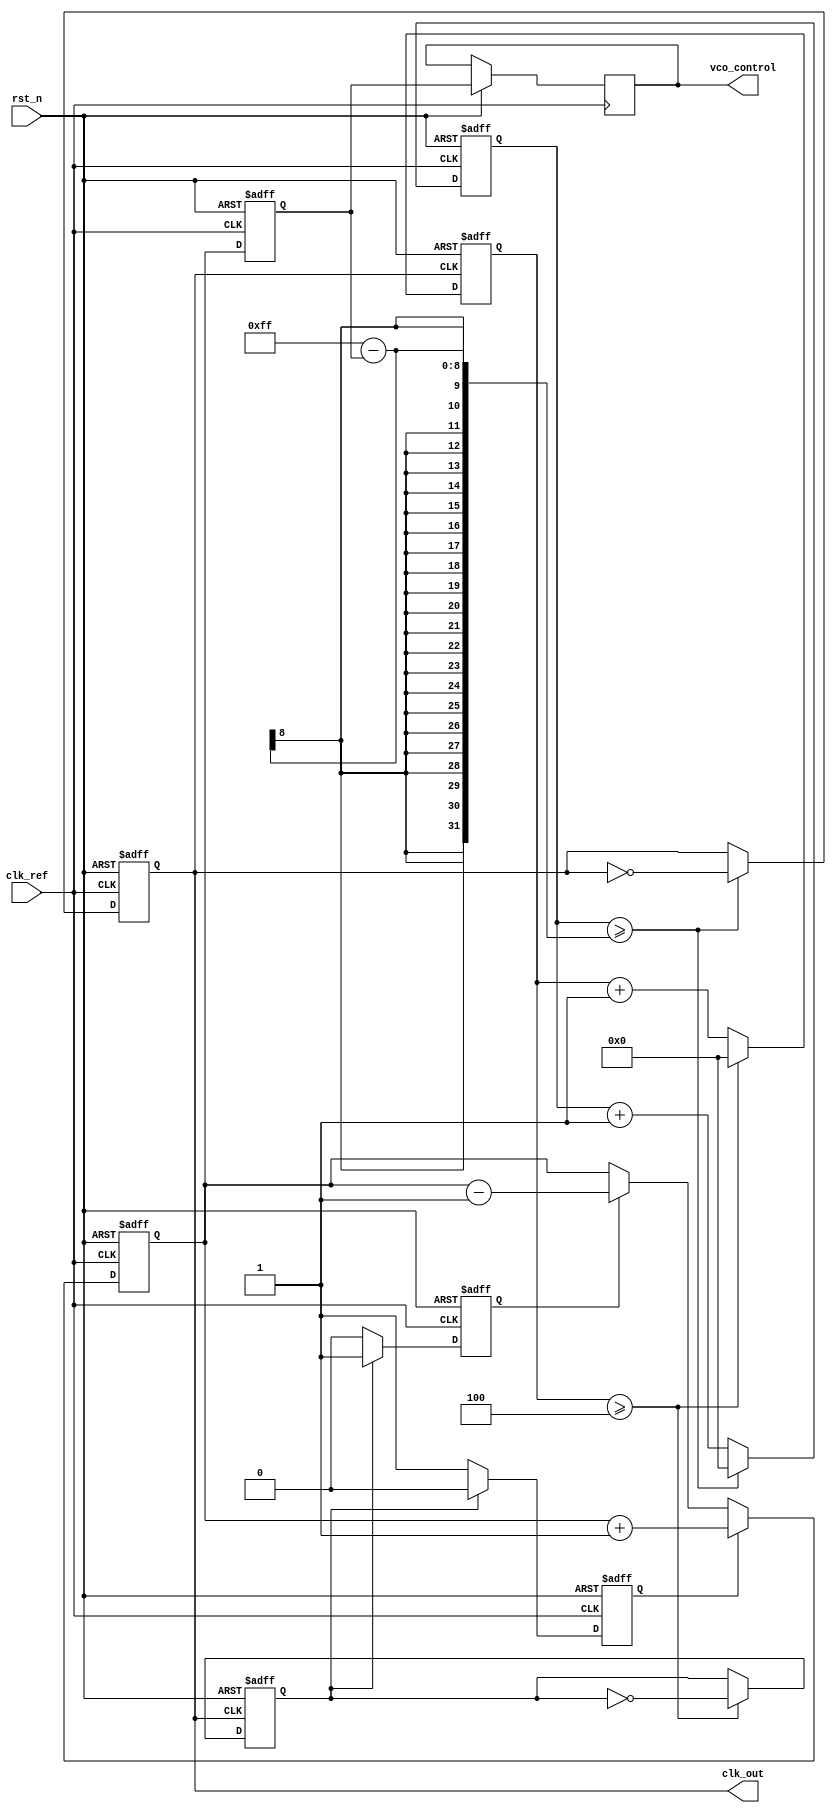
module memory_blocks_fractional_pll (
    input wire clk_ref,                // Reference clock
    input wire rst_n,                  // Active low reset
    output reg clk_out,                // Output clock
    output reg [7:0] vco_control       // VCO control voltage
);

// Parameters
parameter integer DIV_INTEGER = 4;     // Integer part of the division
parameter real DIV_FRACTION = 0.25;     // Fractional part of the division
parameter integer VCO_MAX = 255;         // Maximum VCO control voltage value
parameter integer VCO_MIN = 0;           // Minimum VCO control voltage value

// Internal signals
reg pfd_up, pfd_down;
reg [7:0] charge_pump_output;
reg [7:0] loop_filter_output;
reg [7:0] feedback_divider;
reg [31:0] vco_counter;
reg [31:0] feedback_counter;
reg feedback_clk;

// PFD - Phase Frequency Detector
always @(posedge clk_ref or negedge rst_n) begin
    if (!rst_n) begin
        pfd_up <= 0;
        pfd_down <= 0;
    end else begin
        if (feedback_clk) begin
            pfd_down <= 1; // Reference clock leads feedback clock
            pfd_up <= 0;
        end else begin
            pfd_up <= 1;   // Feedback clock leads reference clock
            pfd_down <= 0;
        end
    end
end

// Charge Pump
always @(posedge clk_ref or negedge rst_n) begin
    if (!rst_n) begin
        charge_pump_output <= 8'b0;
    end else begin
        if (pfd_up)
            charge_pump_output <= charge_pump_output + 1; // Increment
        else if (pfd_down)
            charge_pump_output <= charge_pump_output - 1; // Decrement
    end
end

// Loop Filter (simple averaging for this example)
always @(posedge clk_ref or negedge rst_n) begin
    if (!rst_n) begin
        loop_filter_output <= 8'b0;
    end else begin
        loop_filter_output <= charge_pump_output; // Update filter output
    end
end

// VCO (simple counter-based VCO simulation)
always @(posedge clk_ref or negedge rst_n) begin
    if (!rst_n) begin
        vco_counter <= 32'b0;
        clk_out <= 0;
    end else begin
        vco_control <= loop_filter_output; // Control voltage for VCO
        if (vco_counter >= (VCO_MAX - loop_filter_output)) begin
            clk_out <= ~clk_out;              // Toggle output clock
            vco_counter <= 32'b0;             // Reset counter
        end else begin
            vco_counter <= vco_counter + 1;   // Increment counter
        end
    end
end

// Feedback Divider
always @(posedge clk_out or negedge rst_n) begin
    if (!rst_n) begin
        feedback_counter <= 32'b0;
        feedback_clk <= 0;
    end else begin
        feedback_counter <= feedback_counter + 1;
        if (feedback_counter >= DIV_INTEGER) begin
            feedback_clk <= ~feedback_clk;  // Toggle feedback clock
            feedback_counter <= 32'b0;      // Reset counter
        end
    end
end

endmodule